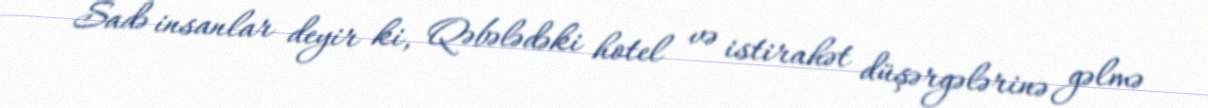
Sadə insanlar deyir ki, Qəbələdəki hotel və istirahət düşərgələrinə gəlmə